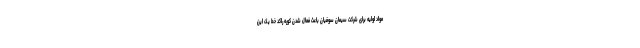
مواد اولیه برای شرکت سیمان سوفیان باعث فعال شدن کوره راکد خط یک این